Scottish Leaving Certificate Examination, 1960
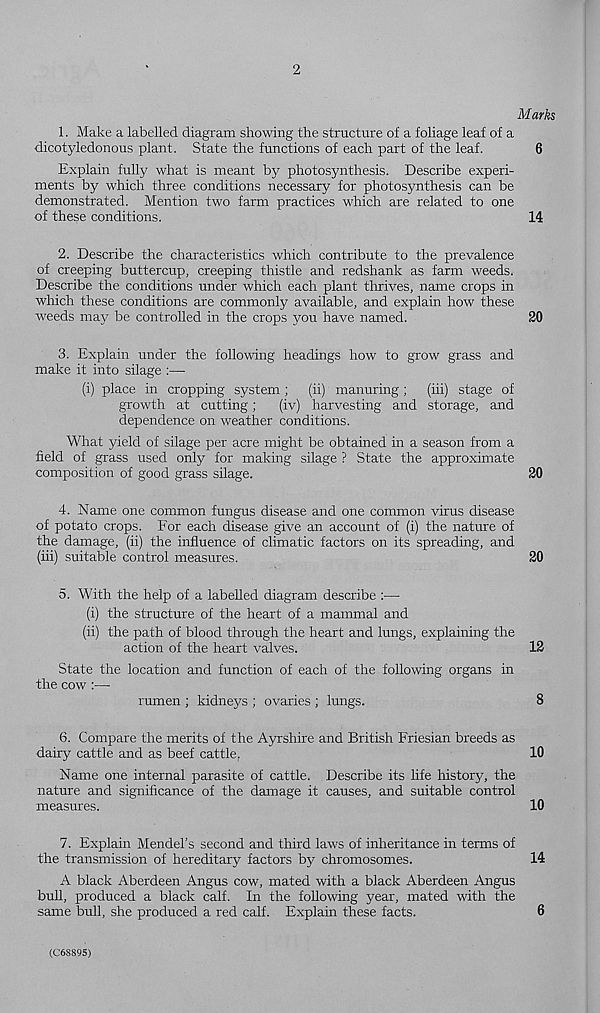
2
Marks
1. Make a labelled diagram showing the structure of a foliage leaf of a
dicotyledonous plant. State the functions of each part of the leaf.
6
Explain fully what is meant by photosynthesis. Describe experi-
ments by which three conditions necessary for photosynthesis can be
demonstrated. Mention two farm practices which are related to one
of these conditions.
14
2. Describe the characteristics which contribute to the prevalence
of creeping buttercup, creeping thistle and redshank as farm weeds.
Describe the conditions under which each plant thrives, name crops in
which these conditions are commonly available, and explain how these
weeds may be controlled in the crops you have named.
20
3. Explain under the following headings how to grow grass and
make it into silage :—
(i) place in cropping system ; (ii) manuring; (iii) stage of
growth at cutting;
(iv) harvesting and storage, and
dependence on weather conditions.
What yield of silage per acre might be obtained in a season from a
field of grass used only for making silage ? State the approximate
composition of good grass silage.
20
4. Name one common fungus disease and one common virus disease
of potato crops. For each disease give an account of (i) the nature of
the damage, (ii) the influence of climatic factors on its spreading, and
(iii) suitable control measures.
20
5. With the help of a labelled diagram describe :—
(i) the structure of the heart of a mammal and
(ii) the path of blood through the heart and lungs, explaining the
action of the heart valves.
12
State the location and function of each of the following organs in
the cow :—
rumen ; kidneys ; ovaries ; lungs.
8
6. Compare the merits of the Ayrshire and British Friesian breeds as
dairy cattle and as beef cattle,
10
Name one internal parasite of cattle. Describe its life history, the
nature and significance of the damage it causes, and suitable control
measures.
10
7. Explain Mendel’s second and third laws of inheritance in terms of
the transmission of hereditary factors by chromosomes.
14
A black Aberdeen Angus cow, mated with a black Aberdeen Angus
bull, produced a black calf. In the following year, mated with the
same bull, she produced a red calf. Explain these facts.
6
(C68S95)